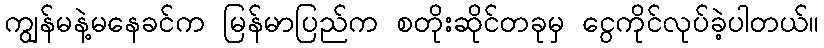
ကျွန်မနဲ့မနေခင်က မြန်မာပြည်က စတိုးဆိုင်တခုမှ ငွေကိုင်လုပ်ခဲ့ပါတယ်။